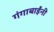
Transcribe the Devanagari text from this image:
गंगाबाईंनी